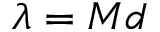
\lambda = M d